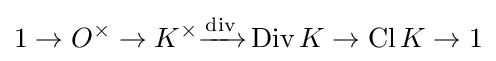
1\to O^{\times }\to K^{\times }{\xrightarrow {\text{div}}}\operatorname {Div} K\to \operatorname {Cl} K\to 1